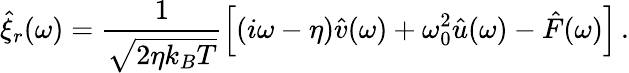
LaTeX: \hat{\xi}_{r}(\omega)=\frac{1}{\sqrt{2\eta k_{B}T}}\left[\left(i\omega-\eta\right)\hat{v}(\omega)+\omega_{0}^{2}\hat{u}(\omega)-\hat{F}(\omega)\right]\, .